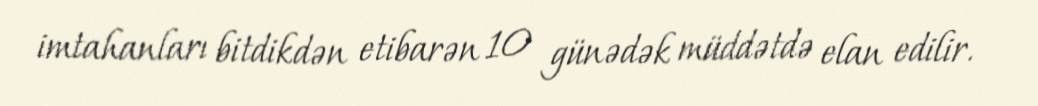
imtahanları bitdikdən etibarən 10 günədək müddətdə elan edilir.